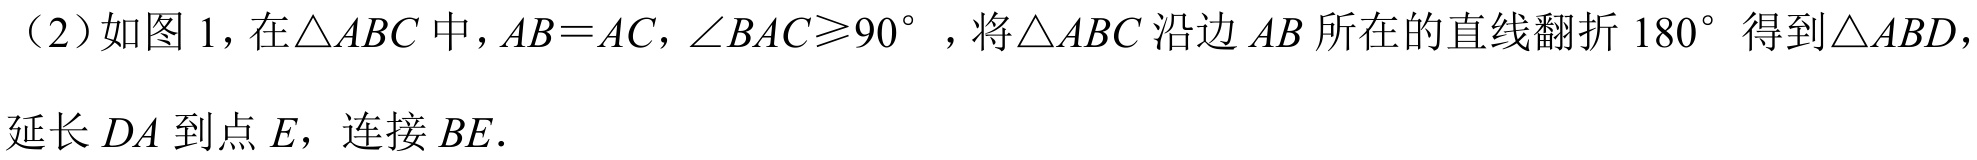
（2）如图 1，在\(\triangle ABC\)中，\(AB = AC\)，\(\angle BAC\geqslant90^{\circ}\)，将\(\triangle ABC\)沿边\(AB\)所在的直线翻折\(180^{\circ}\)得到\(\triangle ABD\)，延长\(DA\)到点\(E\)，连接\(BE\).